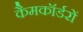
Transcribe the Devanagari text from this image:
कैमकॉर्डरों